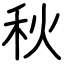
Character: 秋